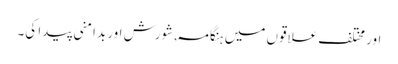
اور مختلف علاقوں میں ہنگامہ , شورش اور بدامنی پیدا کی۔